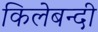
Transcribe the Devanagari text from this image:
किलेबन्‍दी